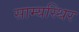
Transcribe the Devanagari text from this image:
साम्यस्थिर